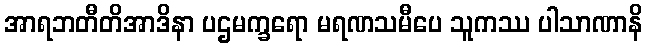
အာရဘတီတိအာဒိနာ ပဌမက္ခရော မရဏသမီပေ သူကဿ ပါသာဏာနိ